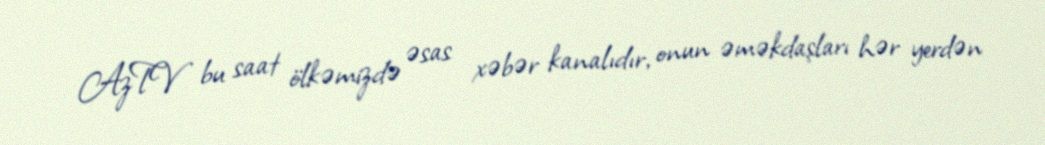
AzTV bu saat ölkəmizdə əsas xəbər kanalıdır, onun əməkdaşları hər yerdən